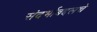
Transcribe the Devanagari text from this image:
संदर्भाबद्दलचे